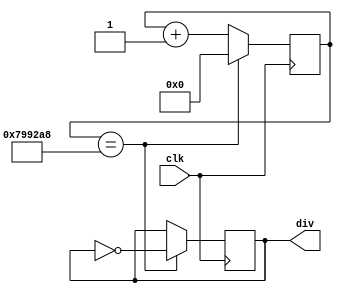
`timescale 1ns / 1ps


module FreqDiv_1s(
    output reg div,
    input clk
    );

    reg[24:0] count = 0;
    
    always @(posedge clk) begin
        //if(count == 25'd27967451) begin
        if(count == 25'd7967400) begin
            count <= 0;
            div = ~div;
        end
        else
            count <= count + 1;
    end

endmodule